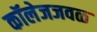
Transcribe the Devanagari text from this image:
कॉलेजजवळ